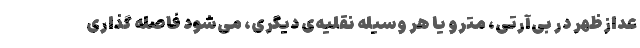
عدازظهر در بی‌آرتی، مترو یا هر وسیله نقلیه‌ی دیگری، می‌شود فاصله گذاری